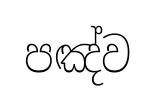
පඤ්ව